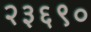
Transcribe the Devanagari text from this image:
२३६९०